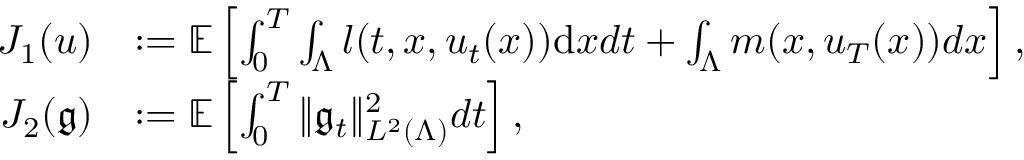
\begin{array} { r l } { J _ { 1 } ( u ) } & { : = \ensuremath { { \mathbb E } } \left[ \int _ { 0 } ^ { T } \int _ { \Lambda } l ( t , x , u _ { t } ( x ) ) \mathrm { d } x d t + \int _ { \Lambda } m ( x , u _ { T } ( x ) ) d x \right] , } \\ { J _ { 2 } ( \mathfrak { g } ) } & { : = \ensuremath { { \mathbb E } } \left[ \int _ { 0 } ^ { T } \| \mathfrak { g } _ { t } \| _ { L ^ { 2 } ( \Lambda ) } ^ { 2 } d t \right] , } \end{array}